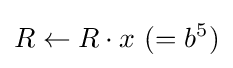
R\leftarrow R\cdot x{\text{ }}(=b^{5})